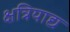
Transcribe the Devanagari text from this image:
क्षत्रियाद्य